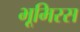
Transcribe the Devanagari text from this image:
भूमिरस